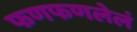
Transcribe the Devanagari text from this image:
फणफणलेलं